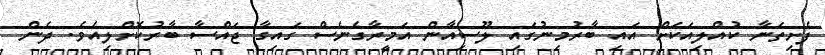
ފެށިތަނާ ކުއްލިއަކަށް އައި ބާރުމިނުގައި ލޫސިއާން އަމީރާގެނެސް ގައިގާ ޖައްސާ ބާރުކޮށްލިއެވެ. ދެން